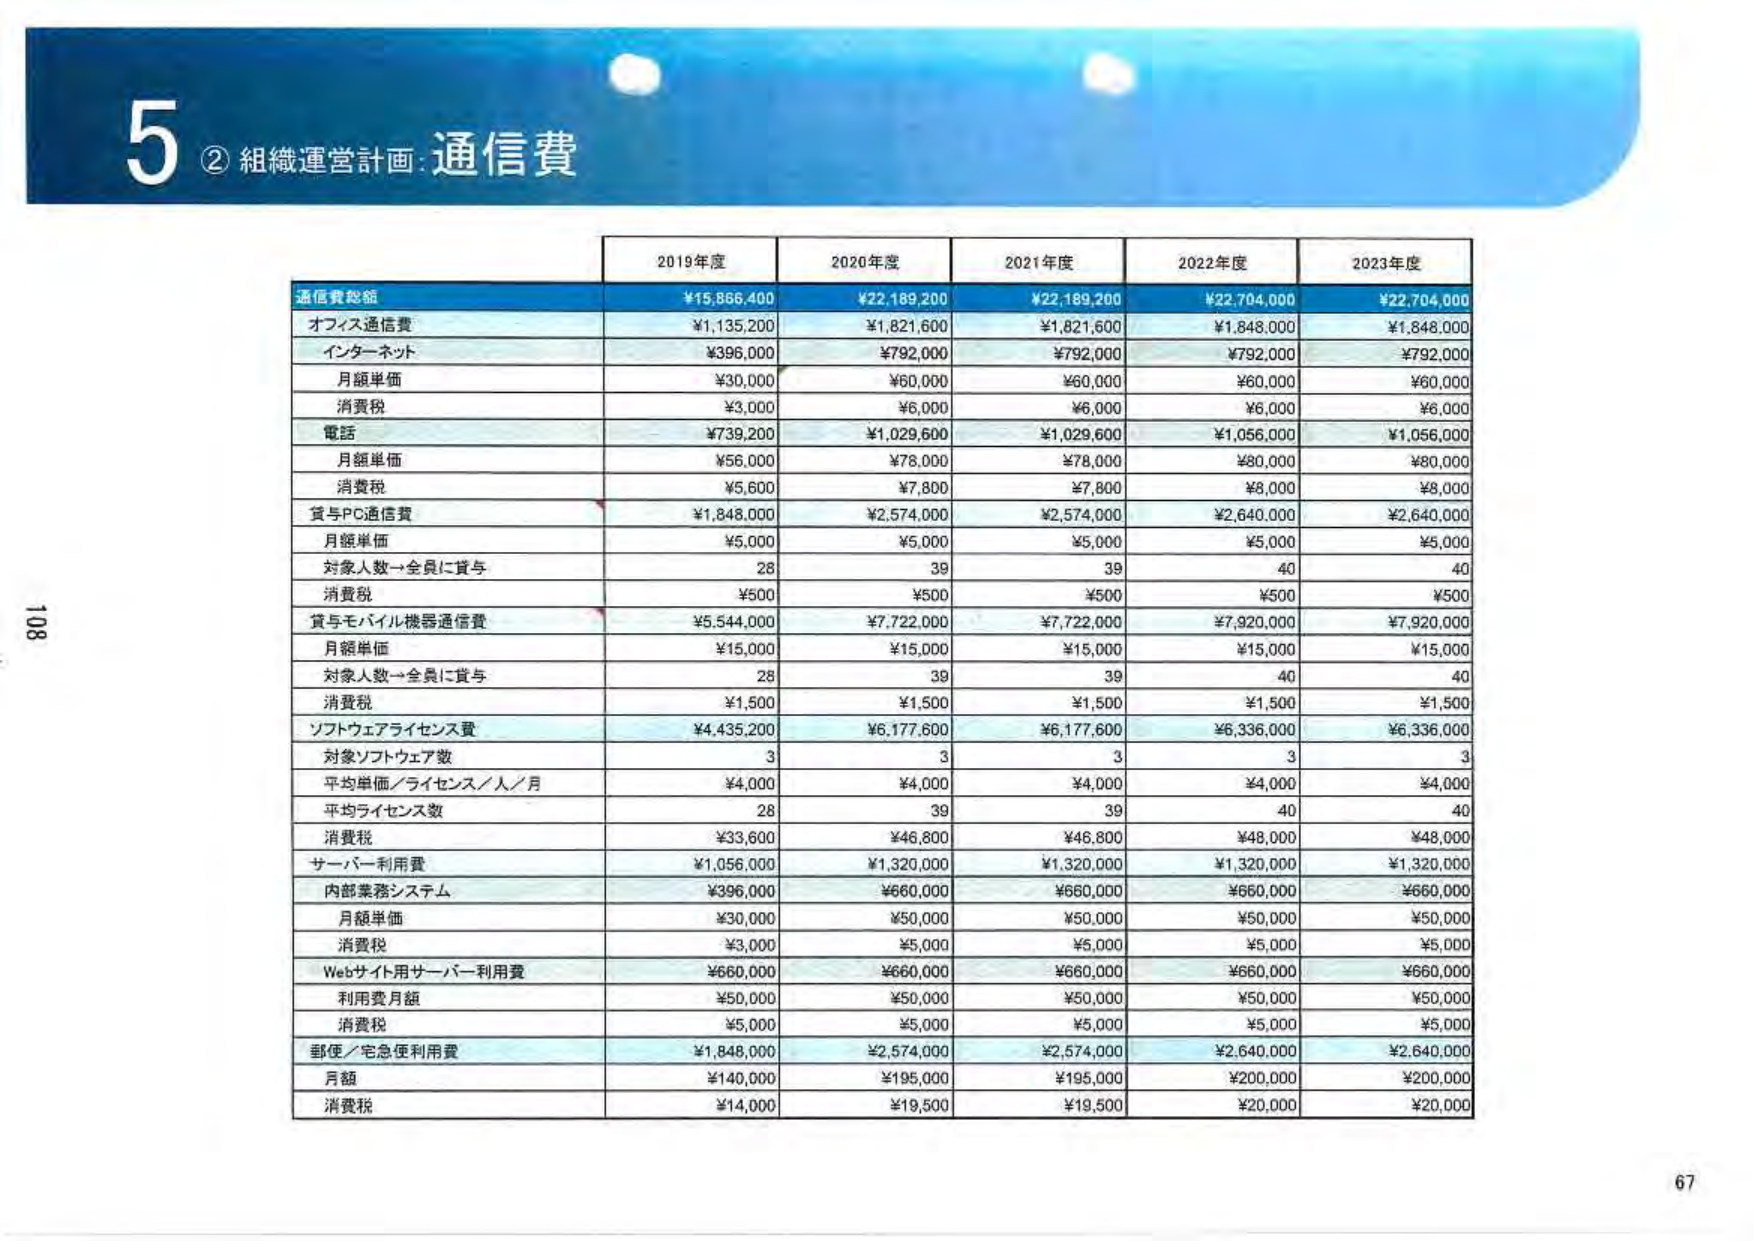
5 ② 組織運営計画:通信費

2019年度 2020年度 2021年度 2022年度 2023年度

通信費総額 ¥15,866,400 ¥22,189,200 ¥22,189,200 ¥22,704,000 ¥22,704,000

オフィス通信費 ¥1,135,200 ¥1,821,600 ¥1,821,600 ¥1,848,000 ¥1,848,000

インターネット ¥396,000 ¥792,000 ¥792,000 ¥792,000 ¥792,000

月額単価 ¥30,000 ¥60,000 ¥60,000 ¥60,000 ¥60,000

消費税 ¥3,000 ¥6,000 ¥6,000 ¥6,000 ¥6,000

電話 ¥739,200 ¥1,029,600 ¥1,029,600 ¥1,056,000 ¥1,056,000

月額単価 ¥56,000 ¥78,000 ¥78,000 ¥80,000 ¥80,000

消費税 ¥5,600 ¥7,800 ¥7,800 ¥8,000 ¥8,000

貸与PC通信費 ¥1,848,000 ¥2,574,000 ¥2,574,000 ¥2,640,000 ¥2,640,000

月額単価 ¥5,000 ¥5,000 ¥5,000 ¥5,000 ¥5,000

対象人数→全員に貸与 28 39 39 40 40

消費税 ¥500 ¥500 ¥500 ¥500 ¥500

貸与モバイル機器通信費 ¥5,544,000 ¥7,722,000 ¥7,722,000 ¥7,920,000 ¥7,920,000

月額単価 ¥15,000 ¥15,000 ¥15,000 ¥15,000 ¥15,000

対象人数→全員に貸与 28 39 39 40 40

消費税 ¥1,500 ¥1,500 ¥1,500 ¥1,500 ¥1,500

ソフトウェアライセンス費 ¥4,435,200 ¥6,177,600 ¥6,177,600 ¥6,336,000 ¥6,336,000

対象ソフトウェア数 3 3 3 3 3

平均単価／ライセンス／人／月 ¥4,000 ¥4,000 ¥4,000 ¥4,000 ¥4,000

平均ライセンス数 28 39 39 40 40

消費税 ¥33,600 ¥46,800 ¥46,800 ¥48,000 ¥48,000

サーバー利用費 ¥1,056,000 ¥1,320,000 ¥1,320,000 ¥1,320,000 ¥1,320,000

内部業務システム ¥396,000 ¥660,000 ¥660,000 ¥660,000 ¥660,000

月額単価 ¥30,000 ¥50,000 ¥50,000 ¥50,000 ¥50,000

消費税 ¥3,000 ¥5,000 ¥5,000 ¥5,000 ¥5,000

Webサイト用サーバー利用費 ¥660,000 ¥660,000 ¥660,000 ¥660,000 ¥660,000

利用費月額 ¥50,000 ¥50,000 ¥50,000 ¥50,000 ¥50,000

消費税 ¥5,000 ¥5,000 ¥5,000 ¥5,000 ¥5,000

郵便／宅急便利用費 ¥1,848,000 ¥2,574,000 ¥2,574,000 ¥2,640,000 ¥2,640,000

月額 ¥140,000 ¥195,000 ¥195,000 ¥200,000 ¥200,000

消費税 ¥14,000 ¥19,500 ¥19,500 ¥20,000 ¥20,000

108
67